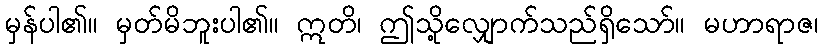
မှန်ပါ၏။ မှတ်မိဘူးပါ၏။ ဣတိ၊ ဤသို့လျှောက်သည်ရှိသော်။ မဟာရာဇ၊